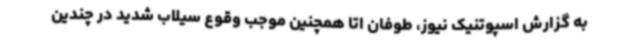
به گزارش اسپوتنیک نیوز، طوفان اتا همچنین موجب وقوع سیلاب شدید در چندین